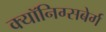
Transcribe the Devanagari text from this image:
क्यॉनिग्सबेर्ग